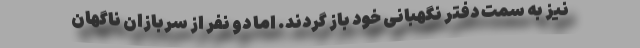
نیز به سمت دفتر نگهبانی خود باز گردند. اما دو نفر از سربازان ناگهان